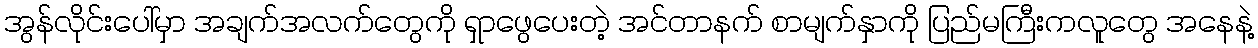
အွန်လိုင်းပေါ်မှာ အချက်အလက်တွေကို ရှာဖွေပေးတဲ့ အင်တာနက် စာမျက်နှာကို ပြည်မကြီးကလူတွေ အနေနဲ့